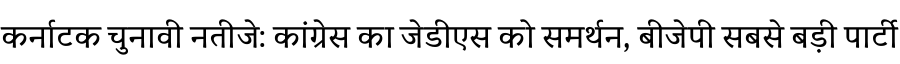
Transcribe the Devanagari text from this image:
कर्नाटक चुनावी नतीजे: कांग्रेस का जेडीएस को समर्थन, बीजेपी सबसे बड़ी पार्टी